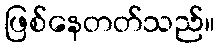
ဖြစ်နေတတ်သည်။